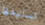
تسليمها